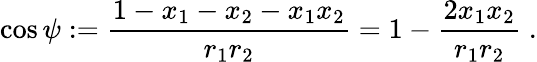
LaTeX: \cos\psi:=\frac{1-x_{1}-x_{2}-x_{1}x_{2}}{r_{1}r_{2}}=1-\frac{2x_{1}x_{2}}{r_{1}r_{2}}\; .